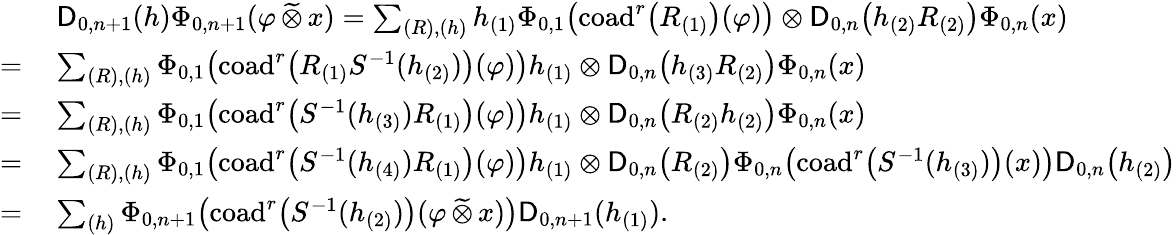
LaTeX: \begin{array}{rl}&{\mathsf{D}_{0,n+1}(h)\Phi_{0,n+1}(\varphi\, \widetilde{\otimes}\, x)=\sum_{(R),(h)}h_{(1)}\Phi_{0,1}\! \left(\mathrm{coad}^{r}\bigl(R_{(1)}\bigr)(\varphi)\right)\otimes\mathsf{D}_{0,n}\bigl(h_{(2)}R_{(2)}\bigr)\Phi_{0,n}(x)}\\ {=\: }&{\sum_{(R),(h)}\Phi_{0,1}\! \left(\mathrm{coad}^{r}\bigl(R_{(1)}S^{-1}(h_{(2)})\bigr)(\varphi)\right)h_{(1)}\otimes\mathsf{D}_{0,n}\bigl(h_{(3)}R_{(2)}\bigr)\Phi_{0,n}(x)}\\ {=\: }&{\sum_{(R),(h)}\Phi_{0,1}\! \left(\mathrm{coad}^{r}\bigl(S^{-1}(h_{(3)})R_{(1)}\bigr)(\varphi)\right)h_{(1)}\otimes\mathsf{D}_{0,n}\bigl(R_{(2)}h_{(2)}\bigr)\Phi_{0,n}(x)}\\ {=\: }&{\sum_{(R),(h)}\Phi_{0,1}\! \left(\mathrm{coad}^{r}\bigl(S^{-1}(h_{(4)})R_{(1)}\bigr)(\varphi)\right)h_{(1)}\otimes\mathsf{D}_{0,n}\bigl(R_{(2)}\bigr)\Phi_{0,n}\bigl(\mathrm{coad}^{r}\bigl(S^{-1}(h_{(3)})\bigr)(x)\bigr)\mathsf{D}_{0,n}\bigl(h_{(2)}\bigr)}\\ {=\: }&{\sum_{(h)}\Phi_{0,n+1}\bigl(\mathrm{coad}^{r}\bigl(S^{-1}(h_{(2)})\bigr)(\varphi\, \widetilde{\otimes}\, x)\bigr)\mathsf{D}_{0,n+1}(h_{(1)}).}\end{array}